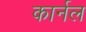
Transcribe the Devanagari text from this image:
कार्नल